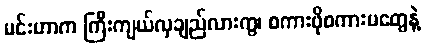
မင်းဟာက ကြီးကျယ်လှချည်လားကွ၊ စကားဖိုစကားမတွေနဲ့